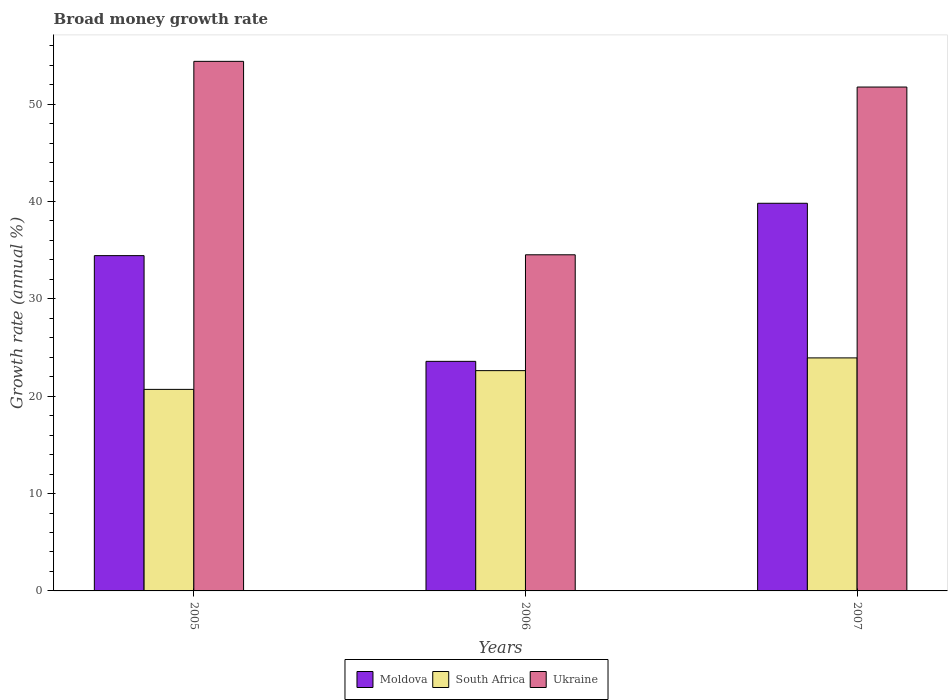
| Years | Moldova | South Africa | Ukraine |
 | --- | --- | --- | --- |
 | 2005 | 34.4 | 20.7 | 54.4 |
 | 2006 | 23.6 | 22.6 | 34.5 |
 | 2007 | 39.8 | 23.9 | 51.7 |